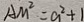
A M ^ { 2 } = a ^ { 2 } + 1